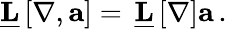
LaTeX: \underline{{\mathbf{L}}}\left[\mathbf{\nabla},\mathbf{a}\right]=\, \underline{{\mathbf{L}}}\left[\mathbf{\nabla}\right]\mathbf{a}\, .